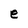
Character: e